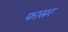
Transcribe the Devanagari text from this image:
फास्नर